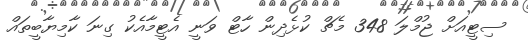
ސިޓީއަށް ޖުމްލަ 348 މެޗް ކުޅެދިން ހާޓް ވަނީ އެޓީމާއެކު ގިނަ ކާމިޔާބީތައް